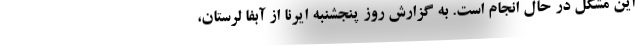
این مشکل در حال انجام است. به گزارش روز پنجشنبه ایرنا از آبفا لرستان،